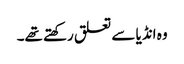
وہ انڈیا سے تعلق رکھتے تھے۔